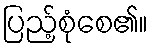
ပြည့်စုံစေ၏။